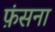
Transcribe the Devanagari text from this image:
फ़ंसना